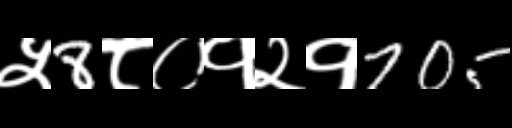
Text: ५8८०१२१705